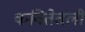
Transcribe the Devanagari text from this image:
कवितेतली